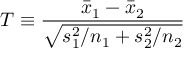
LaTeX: T \equiv { \frac { { \bar { x } } _ { 1 } - { \bar { x } } _ { 2 } } { \sqrt { s _ { 1 } ^ { 2 } / n _ { 1 } + s _ { 2 } ^ { 2 } / n _ { 2 } } } }